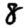
Digit: 8